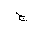
Letter: _gim